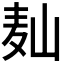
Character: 𱋆